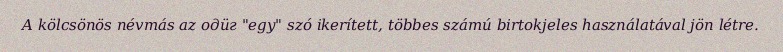
A kölcsönös névmás az одӥг "egy" szó ikerített, többes számú birtokjeles használatával jön létre.